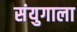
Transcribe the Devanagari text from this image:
संयुगाला